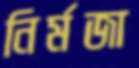
নির্মজা